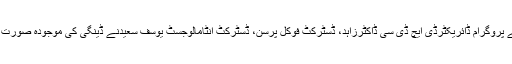
سیمینارسے خطاب کرتے ہوئے پروگرام ڈائریکٹرڈی ایچ ڈی سی ڈاکٹرزاہد، ڈسٹرکٹ فوکل پرسن، ڈسٹرکٹ انٹامالوجسٹ یوسف سعیدنے ڈینگی کی موجودہ صورت حال بارے تفصیل سے آگاہ کیا۔